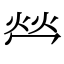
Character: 𤇾